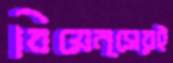
বিয়েন্সেরই